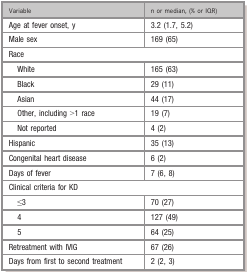
<table><thead><tr><td><b>Variable</b></td><td><b>n or median, (% or IQR)</b></td></tr></thead><tbody><tr><td>Age at fever onset, y</td><td>3.2 (1.7, 5.2)</td></tr><tr><td>Male sex</td><td>169 (65)</td></tr><tr><td colspan="2">Race</td></tr><tr><td>White</td><td>165 (63)</td></tr><tr><td>Black</td><td>29 (11)</td></tr><tr><td>Asian</td><td>44 (17)</td></tr><tr><td>Other, including &gt;1 race</td><td>19 (7)</td></tr><tr><td>Not reported</td><td>4 (2)</td></tr><tr><td>Hispanic</td><td>35 (13)</td></tr><tr><td>Congenital heart disease</td><td>6 (2)</td></tr><tr><td>Days of fever</td><td>7 (6, 8)</td></tr><tr><td colspan="2">Clinical criteria for KD</td></tr><tr><td>≤3</td><td>70 (27)</td></tr><tr><td>4</td><td>127 (49)</td></tr><tr><td>5</td><td>64 (25)</td></tr><tr><td>Retreatment with IVIG</td><td>67 (26)</td></tr><tr><td>Days from first to second treatment</td><td>2 (2, 3)</td></tr></tbody></table>